Annual report of the Bengal Veterinary College and of the Civil Veterinary Department, Bengal, for the year 1899-1900 - 1899-1900
Year: 1899
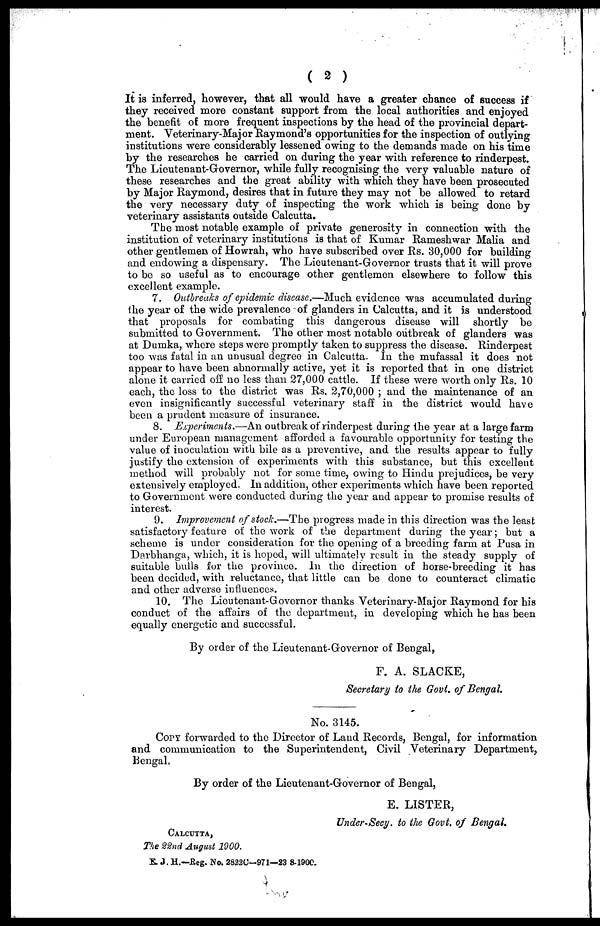
( 2 )
It is inferred, however, that all would have a greater chance of success if
they received more constant support from the local authorities and enjoyed
the benefit of more frequent inspections by the head of the provincial depart-
ment. Veterinary-Major Raymond's opportunities for the inspection of outlying
institutions were considerably lessened owing to the demands made on his time
by the researches he carried on during the year with reference to rinderpest.
The Lieutenant-Governor, while fully recognising the very valuable nature of
these researches and the great ability with which they have been prosecuted
by Major Raymond, desires that in future they may not be allowed to retard
the very necessary duty of inspecting the work which is being done by
veterinary assistants outside Calcutta.
The most notable example of private generosity in connection with the
institution of veterinary institutions is that of Kumar Rameshwar Malia and
other gentlemen of Howrah, who have subscribed over Rs. 30,000 for building
and endowing a dispensary. The Lieutenant-Governor trusts that it will prove
to be so useful as to encourage other gentlemen elsewhere to follow this
excellent example.
7. Outbreaks of epidemic disease.—Much evidence was accumulated during
the year of the wide prevalence of glanders in Calcutta, and it is understood
that proposals for combating this dangerous disease will shortly be
submitted to Government. The other most notable outbreak of glanders was
at Dumka, where steps were promptly taken to suppress the disease. Rinderpest
too was fatal in an unusual degree in Calcutta. In the mufassal it does not
appear to have been abnormally active, yet it is reported that in one district
alone it carried off no less than 27,000 cattle. If these were worth only Rs. 10
each, the loss to the district was Rs. 2,70,000; and the maintenance of an
even insignificantly successful veterinary staff in the district would have
been a prudent measure of insurance.
8. Experiments.—An outbreak of rinderpest during the year at a large farm
under European management afforded a favourable opportunity for testing the
value of inoculation with bile as a preventive, and the results appear to fully
justify the extension of experiments with this substance, but this excellent
method will probably not for some time, owing to Hindu prejudices, be very
extensively employed. In addition, other experiments which have been reported
to Government were conducted during the year and appear to promise results of
interest.
9. Improvement of stock.—The progress made in this direction was the least
satisfactory feature of the work of the department during the year; but a
scheme is under consideration for the opening of a breeding farm at Pusa in
Darbhanga, which, it is hoped, will ultimately result in the steady supply of
suitable bulls for the province. In the direction of horse-breeding it has
been decided, with reluctance, that little can be done to counteract climatic
and other adverse influences.
10. The Lieutenant-Governor thanks Veterinary-Major Raymond for his
conduct of the affairs of the department, in developing which he has been
equally energetic and successful.
By order of the Lieutenant-Governor of Bengal,
F. A. SLACKE,
Secretary to the Govt. of Bengal.
No. 3145.
Copy forwarded to the Director of Land Records, Bengal, for information
and communication to the Superintendent, Civil Veterinary Department,
Bengal.
By order of the Lieutenant-Governor of Bengal,
E. LISTER,
Under-Secy. to the Govt. of Bengal.
Calcutta,
The 22nd August 1900.
E. J. H.—Reg. No. 2822C—971—23 8-1900.